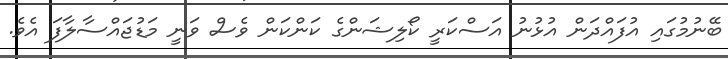
ބޭނުމުގައި އުފައްދަން އުޅުނު އަސްކަރީ ކޯލިޝަންގެ ކަންކަން ވެސް ވަނީ މަޑުޖައްސާލާފަ އެވެ.